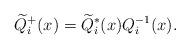
LaTeX: \begin{align*}\widetilde{Q}^{+}_i(x)=\widetilde{Q}^{*}_i(x)Q^{-1}_i(x).\end{align*}